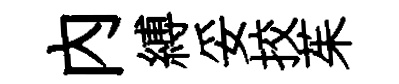
内縛妥挍茱